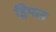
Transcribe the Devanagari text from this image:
ड्रिपल